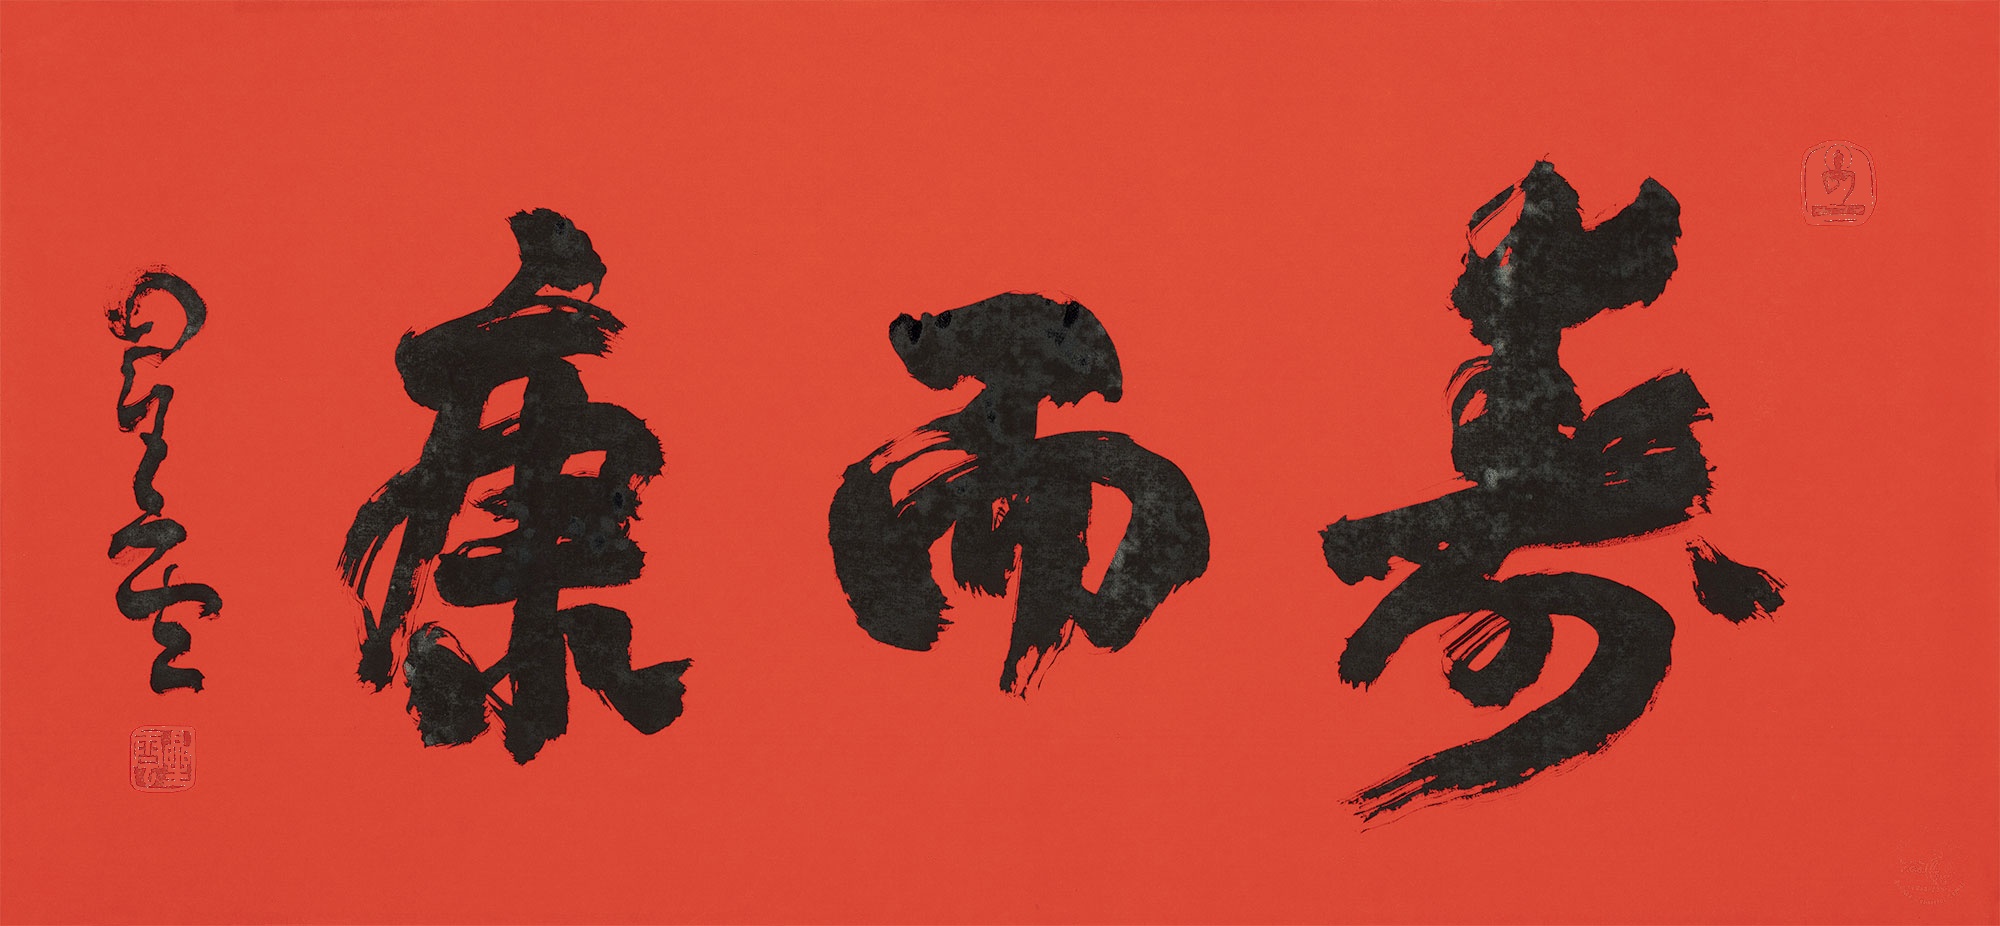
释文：寿而康星云。